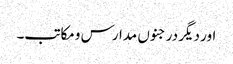
اور دیگر درجنوں مدارس ومکاتب۔